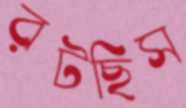
রটছিস